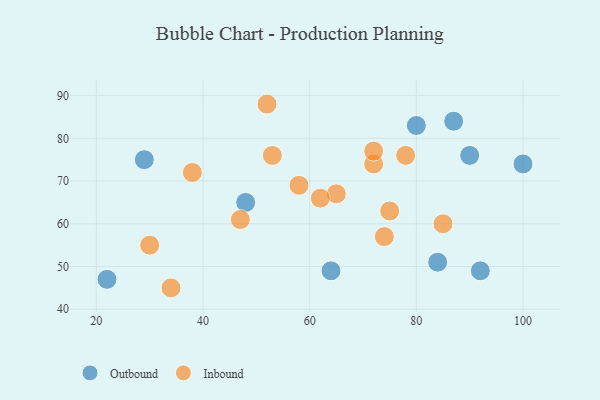
{"axis": {"x": "GDP", "y": "Life Expectancy"}, "legend": ["Inbound", "Outbound"], "data": [{"x": "92", "y": 49, "type": "Outbound"}, {"x": "64", "y": 49, "type": "Outbound"}, {"x": "90", "y": 76, "type": "Outbound"}, {"x": "29", "y": 75, "type": "Outbound"}, {"x": "22", "y": 47, "type": "Outbound"}, {"x": "100", "y": 74, "type": "Outbound"}, {"x": "48", "y": 65, "type": "Outbound"}, {"x": "84", "y": 51, "type": "Outbound"}, {"x": "80", "y": 83, "type": "Outbound"}, {"x": "87", "y": 84, "type": "Outbound"}, {"x": "65", "y": 67, "type": "Inbound"}, {"x": "85", "y": 60, "type": "Inbound"}, {"x": "47", "y": 61, "type": "Inbound"}, {"x": "74", "y": 57, "type": "Inbound"}, {"x": "78", "y": 76, "type": "Inbound"}, {"x": "38", "y": 72, "type": "Inbound"}, {"x": "52", "y": 88, "type": "Inbound"}, {"x": "53", "y": 76, "type": "Inbound"}, {"x": "30", "y": 55, "type": "Inbound"}, {"x": "58", "y": 69, "type": "Inbound"}, {"x": "34", "y": 45, "type": "Inbound"}, {"x": "62", "y": 66, "type": "Inbound"}, {"x": "72", "y": 74, "type": "Inbound"}, {"x": "72", "y": 77, "type": "Inbound"}, {"x": "75", "y": 63, "type": "Inbound"}]}